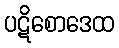
ပဋိစောဒေထ